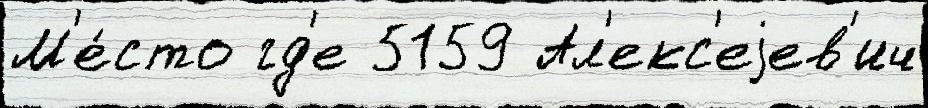
М'е́сто гд'е 5159 Ал'екс'еjев'ич